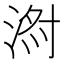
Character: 𱦹